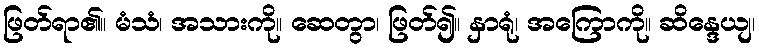
ဖြတ်ရာ၏။ မံသံ၊ အသားကို။ ဆေတွာ၊ ဖြတ်၍။ နှာရုံ၊ အကြောကို။ ဆိန္ဒေယျ၊